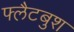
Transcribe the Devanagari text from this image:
फ्लैटबुश